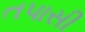
તપાસી